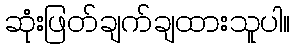
ဆုံးဖြတ်ချက်ချထားသူပါ။